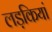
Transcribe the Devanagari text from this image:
लड़कियां